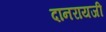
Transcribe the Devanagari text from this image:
दानरायजी